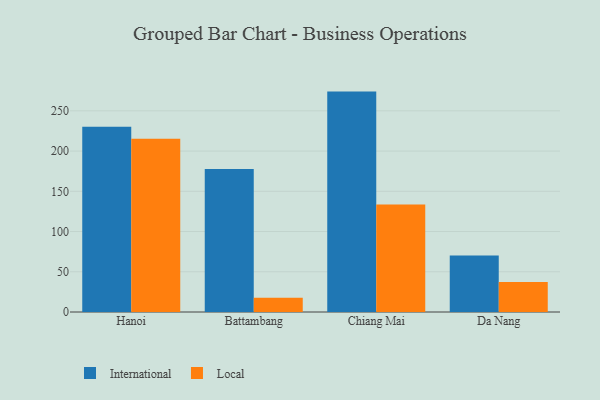
{"axis": {"x": "City", "y": "Temperature (°C)"}, "legend": ["International", "Local"], "data": [{"x": "Hanoi", "y": 230.2, "type": "International"}, {"x": "Hanoi", "y": 215.2, "type": "Local"}, {"x": "Battambang", "y": 177.8, "type": "International"}, {"x": "Battambang", "y": 17.6, "type": "Local"}, {"x": "Chiang Mai", "y": 273.9, "type": "International"}, {"x": "Chiang Mai", "y": 133.7, "type": "Local"}, {"x": "Da Nang", "y": 70.3, "type": "International"}, {"x": "Da Nang", "y": 37.2, "type": "Local"}]}